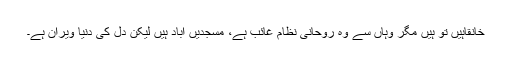
خانقاہیں تو ہیں مگر وہاں سے وہ روحانی نظام غائب ہے، مسجدیں آباد ہیں لیکن دل کی دنیا ویران ہے۔